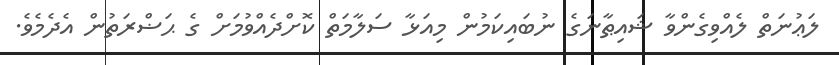
ލަޢުނަތް ލެއްވިގެންވާ ޝައިޠާނަގެ ނުބައިކަމުން މިއަޅާ ސަލާމަތް ކޮށްދެއްވުމަށް ގެ ޙަޟްރަތުން އެދެމެވެ.